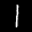
Label: 1